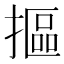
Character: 摳